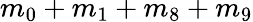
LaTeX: m_{0}+m_{1}+m_{8}+m_{9}